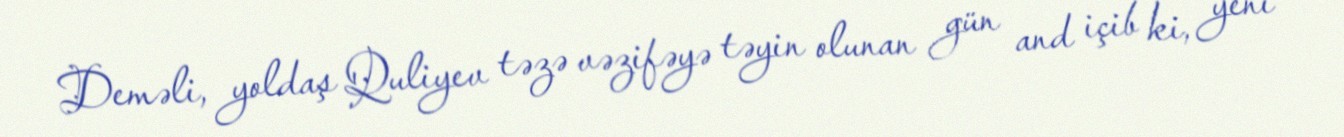
Deməli, yoldaş Quliyev təzə vəzifəyə təyin olunan gün and içib ki, yeni